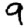
Digit: 9